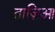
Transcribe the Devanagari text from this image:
ताज़िआ